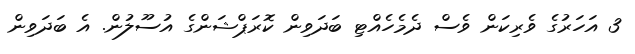
3 އަހަރުގެ ވެރިކަން ވެސް ދެމެހެއްޓި ބަދަވިން ކޮރަޕްޝަންގެ އުސޫލުން. އެ ބަދަވިން